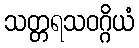
သတ္တရသဝဂ္ဂိယံ